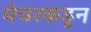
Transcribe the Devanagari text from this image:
मंचरकडून